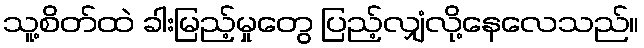
သူ့စိတ်ထဲ ခါးမြည့်မှုတွေ ပြည့်လျှံလို့နေလေသည်။